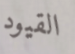
القيود